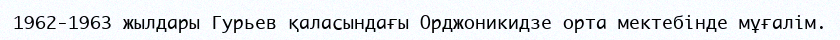
1962-1963 жылдары Гурьев қаласындағы Орджоникидзе орта мектебінде мұғалім.